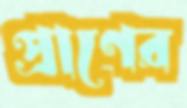
প্রাণের